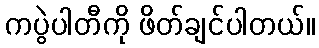
ကပွဲပါတီကို ဖိတ်ချင်ပါတယ်။